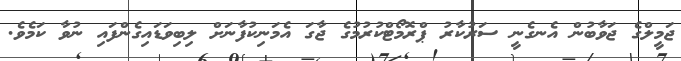
ޖަމީލްގެ ޖަވާބުން އެނގެނީ ސަރުކާރު ޕްރޮމޯޓްކުރުމުގެ ޖާގަ އެމަނިކުފާނަށް ލިބިވަޑައިގެންފައި ނުވާ ކަމެވެ.